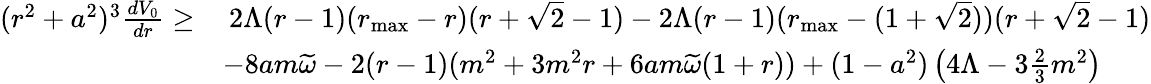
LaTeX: \begin{array}{rl}{(r^{2}+a^{2})^{3}\frac{dV_{0}}{dr}\geq}&{\: 2\Lambda(r-1)(r_{\operatorname*{max}}-r)(r+\sqrt{2}-1)-2\Lambda(r-1)(r_{\operatorname*{max}}-(1+\sqrt{2}))(r+\sqrt{2}-1)}\\ &{-8am\widetilde{\omega}-2(r-1)(m^{2}+3m^{2}r+6am\widetilde{\omega}(1+r))+(1-a^{2})\left(4\Lambda-3\frac{2}{3}m^{2}\right)}\end{array}